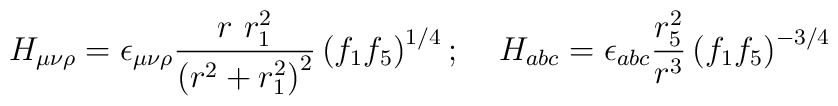
H_{\mu\nu\rho}= \epsilon_{\mu\nu\rho}\frac{r~r_1^2}{\left(r^2 + r_1^2\right)^2}\left(f_1f_5\right)^{1/4};\;\;\;\; H_{abc}= \epsilon_{abc}\frac{r_5^2}{r^3}\left(f_1f_5\right)^{-3/4}